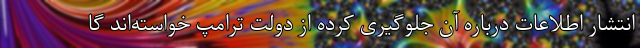
انتشار اطلاعات درباره آن جلوگیری کرده از دولت ترامپ خواسته‌اند گا